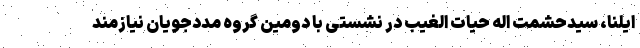
ایلنا، سیدحشمت اله حیات الغیب در نشستی با دومین گروه مددجویان نیازمند